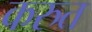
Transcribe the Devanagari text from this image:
करुत